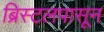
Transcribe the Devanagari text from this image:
ब्रिस्टलपासून